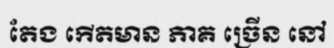
តែង កើតមាន ភាគ ច្រើន នៅ